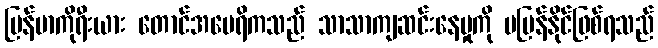
မြန်မာကိုရီးယား တောင်အမေရိကသည် သာသာကျဆင်းနေမှုကို မပြန်နိုင်ဖြစ်ရသည်